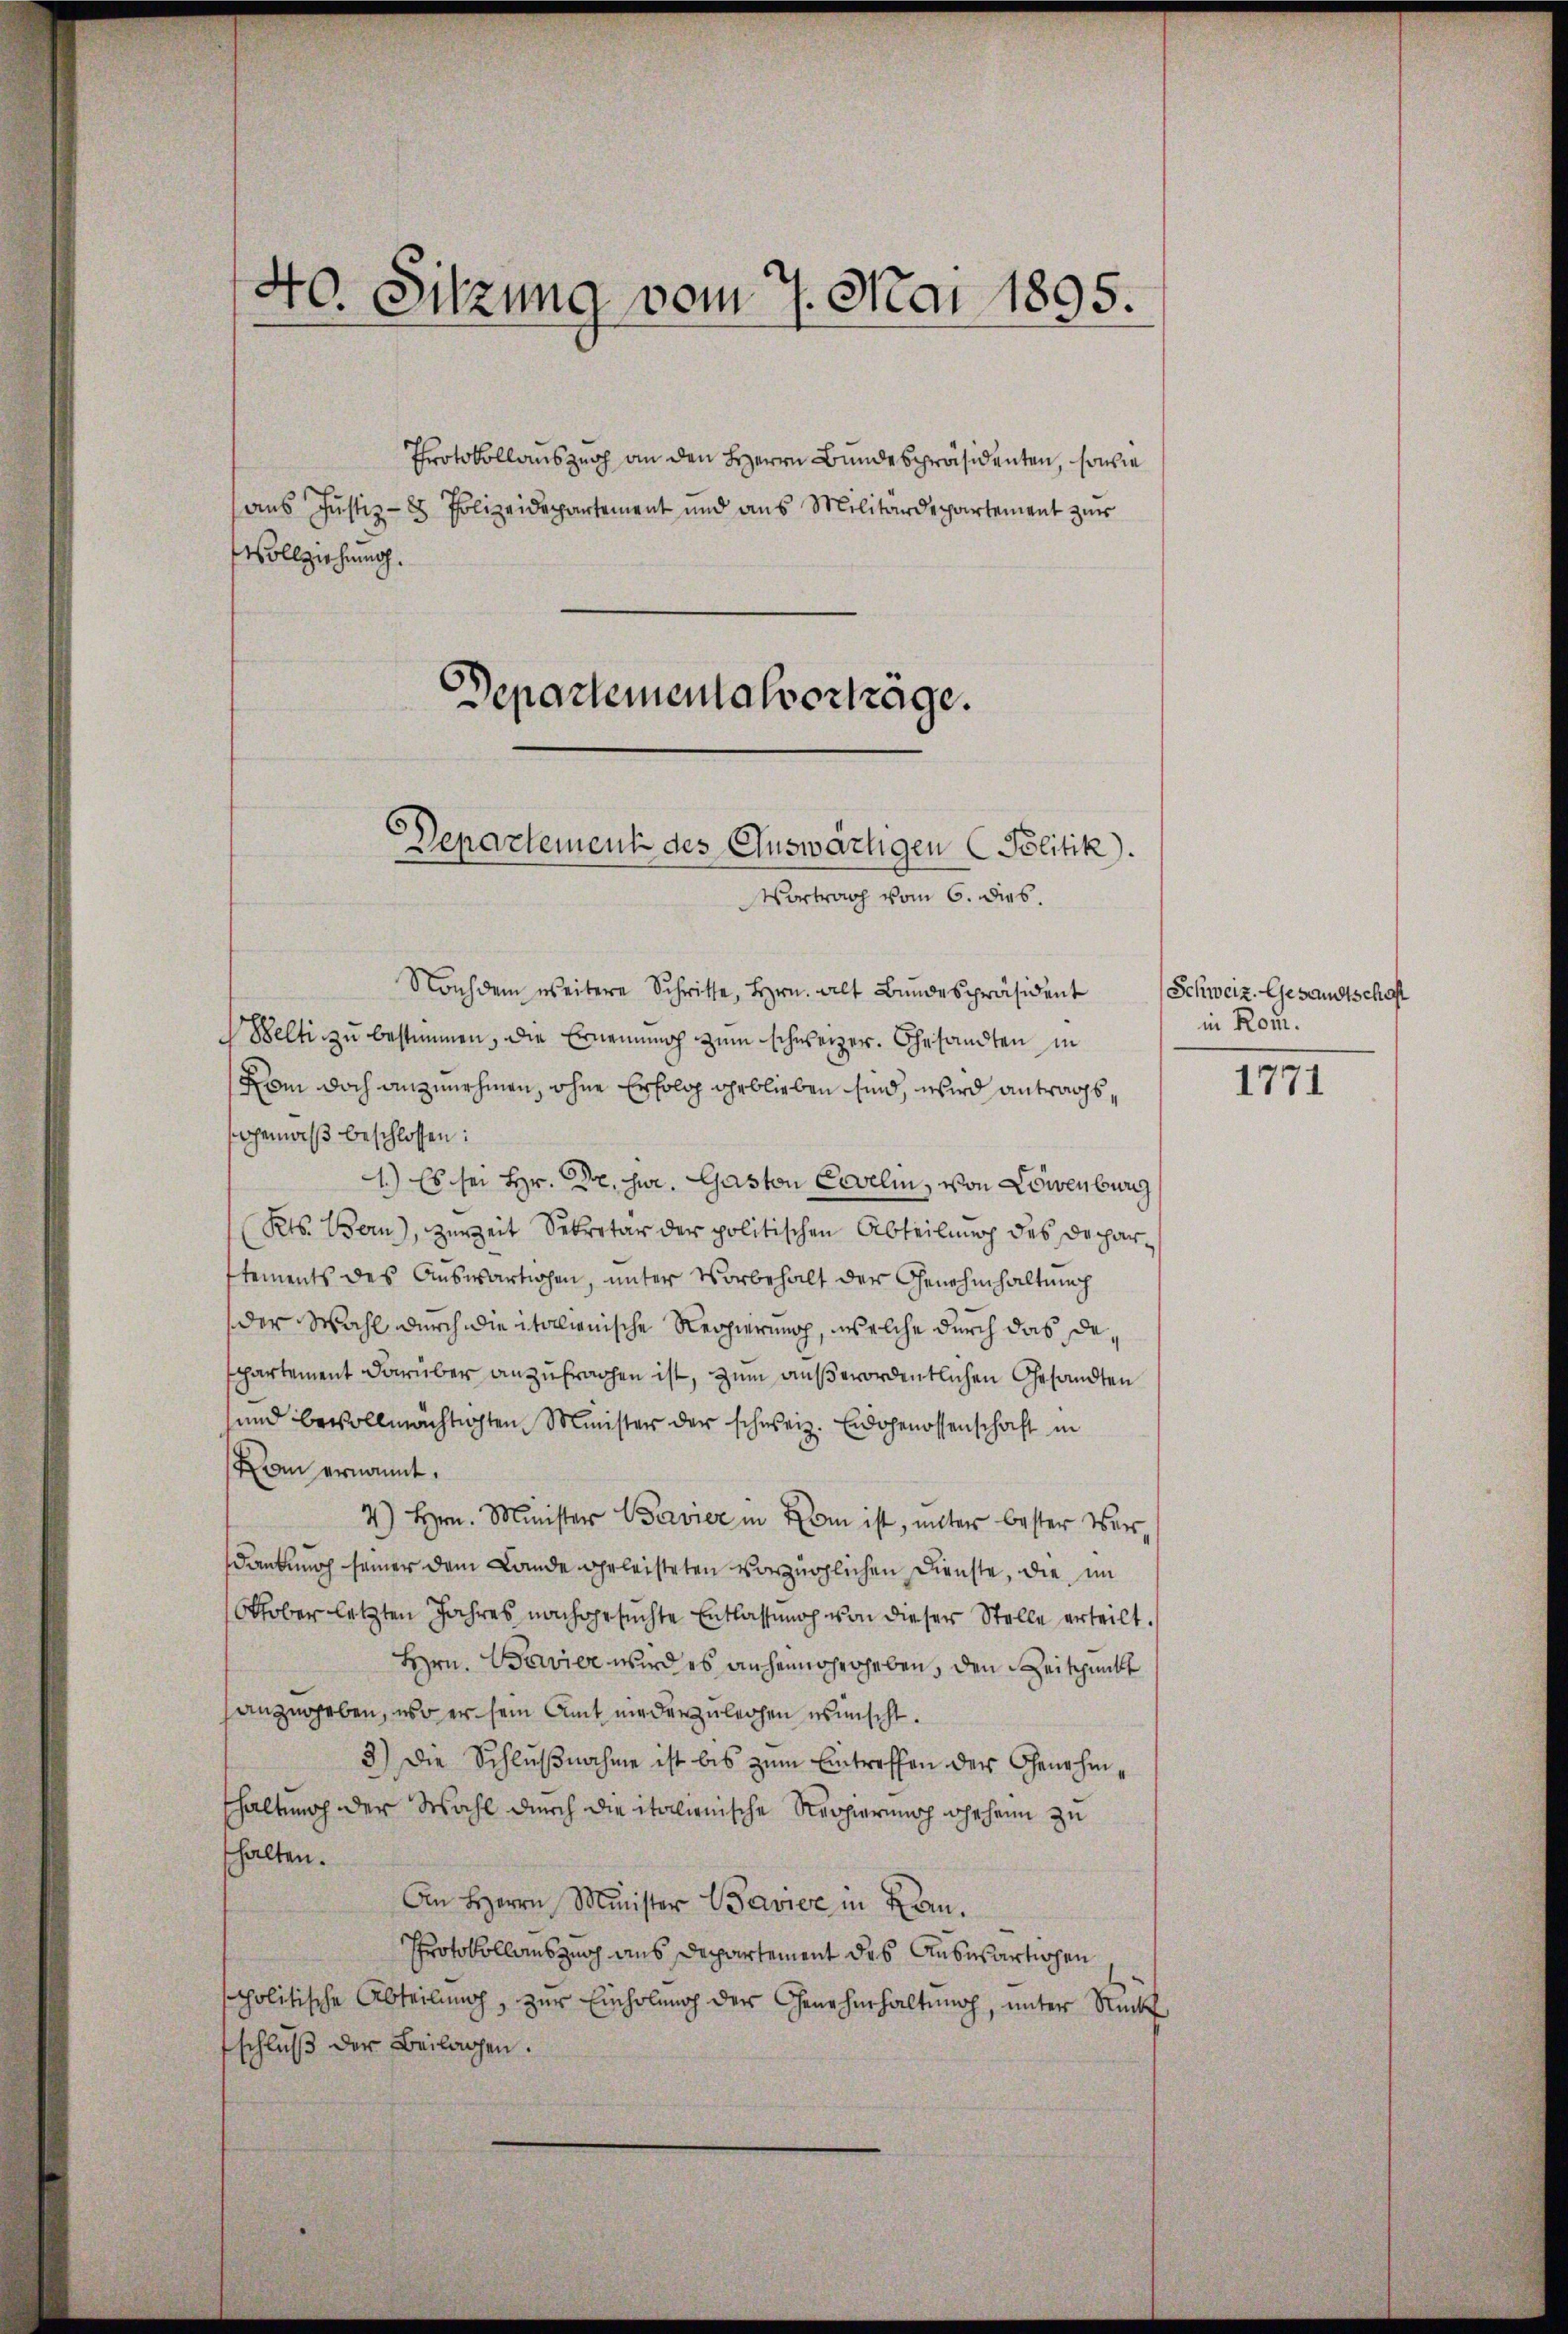
40. Sitzung vom 7. Mai 1895.

Protokollauszug an den Herrn Bundespräsidenten, sowie
aus Justiz-8 Polizeidepartement und aus Militärdepartement zur
Vollziehung.

Departementalvertrage.
Departement des Auswärtigen Politik.
Vortrach vom 6. dies.

Nachdem weitere Schritte, Hrn. Alt Bŭndespräsident
Belti zu bestimmen, die Ernennung zum Schweizer. Gesandten in
Hom doch anzunehmen, ohne Erfolg geblieben sind, wird antragsgemäβ beschlossen:
1.) Es sei Hr. Dr. jur. Gaston Coveli, von Löwenburg
Kts. Bern), zurzeit Sekretär der politischen Abteilung des Decharstements des Auswärtigen, unter Vorbehalt der Genehmhaltnach
der Wahl durch die italienische Regierung, welche durch das de
partement darüber anzufrachen ist, zum außerordentlichen Gesandten
sund bevollmächtigten Minister der schweiz. Eidgenossenschaft in
Man ernannt.
4) Hrn. Minister Bavier in Form ist, unter bester Verdankung seiner dem Lande geleisteten vorzüglichen Dienste, die im
Oktober letzten Jahres nachgesuchte Entlassung von dieser Stelle erteilt.
Hrn. Bavier wird es anheinaherheben, den Zeitpunkt
anzugeben, wo er sein Amt niederzulegen wünscht.
3.) Die Schlußnahme ist bis zum Eintreffen der Genehmthaltung der Wahl durch die italionische Reppierung ohrheim zu
halten.
An Herrn Minister Bavise in Lan¬
Protokollauszug aus Departement des Auswärtigen
spolitische Abteilung, zur Einholung der Genehmhaltung, unter Rück
schluß der Beilagen.

Schweiz. Gesandtschaft
in Rom.

1771